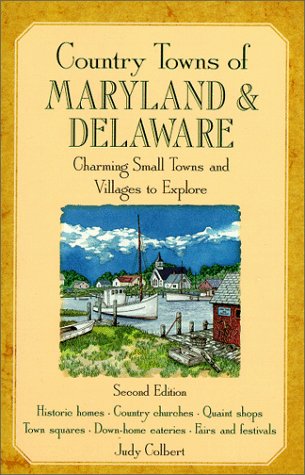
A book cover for Country Towns of Maryland & Delaware: Charming Small Towns and Villages to Explore; Judy Colbert; Travel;